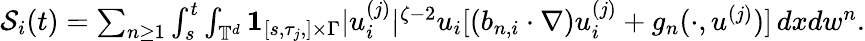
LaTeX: \begin{array}{r}{\mathcal{S}_{i}(t)=\sum_{n\geq 1}\int_{s}^{t}\int_{{\mathbb T}^{d}}{{\mathbf 1}}_{[s,\tau_{j},]\times\Gamma}|u_{i}^{(j)}|^{\zeta-2}u_{i}[(b_{n,i}\cdot\nabla)u_{i}^{(j)}+g_{n}(\cdot,u^{(j)})]\, dxdw^{n}.}\end{array}